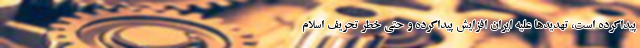
پیداکرده است، تهدیدها علیه ایران افزایش پیداکرده و حتی خطر تحریف اسلام